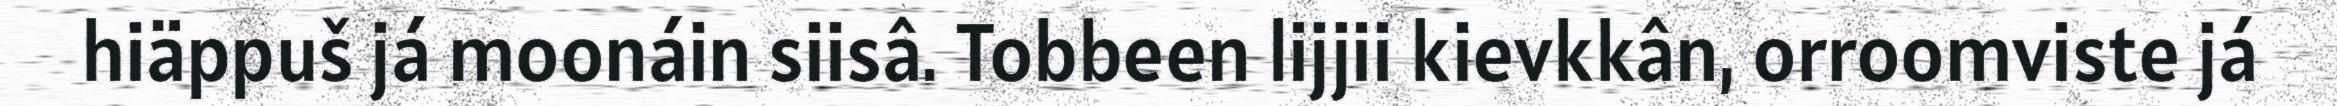
hiäppuš já moonáin siisâ. Tobbeen lijjii kievkkân, orroomviste já